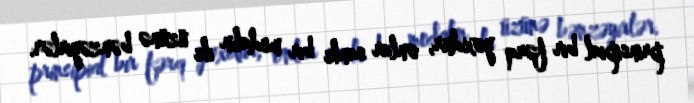
prinsipial bir fərq yoxdur, onlar sanki bir medalın iki üzünə bənzəyirlər.